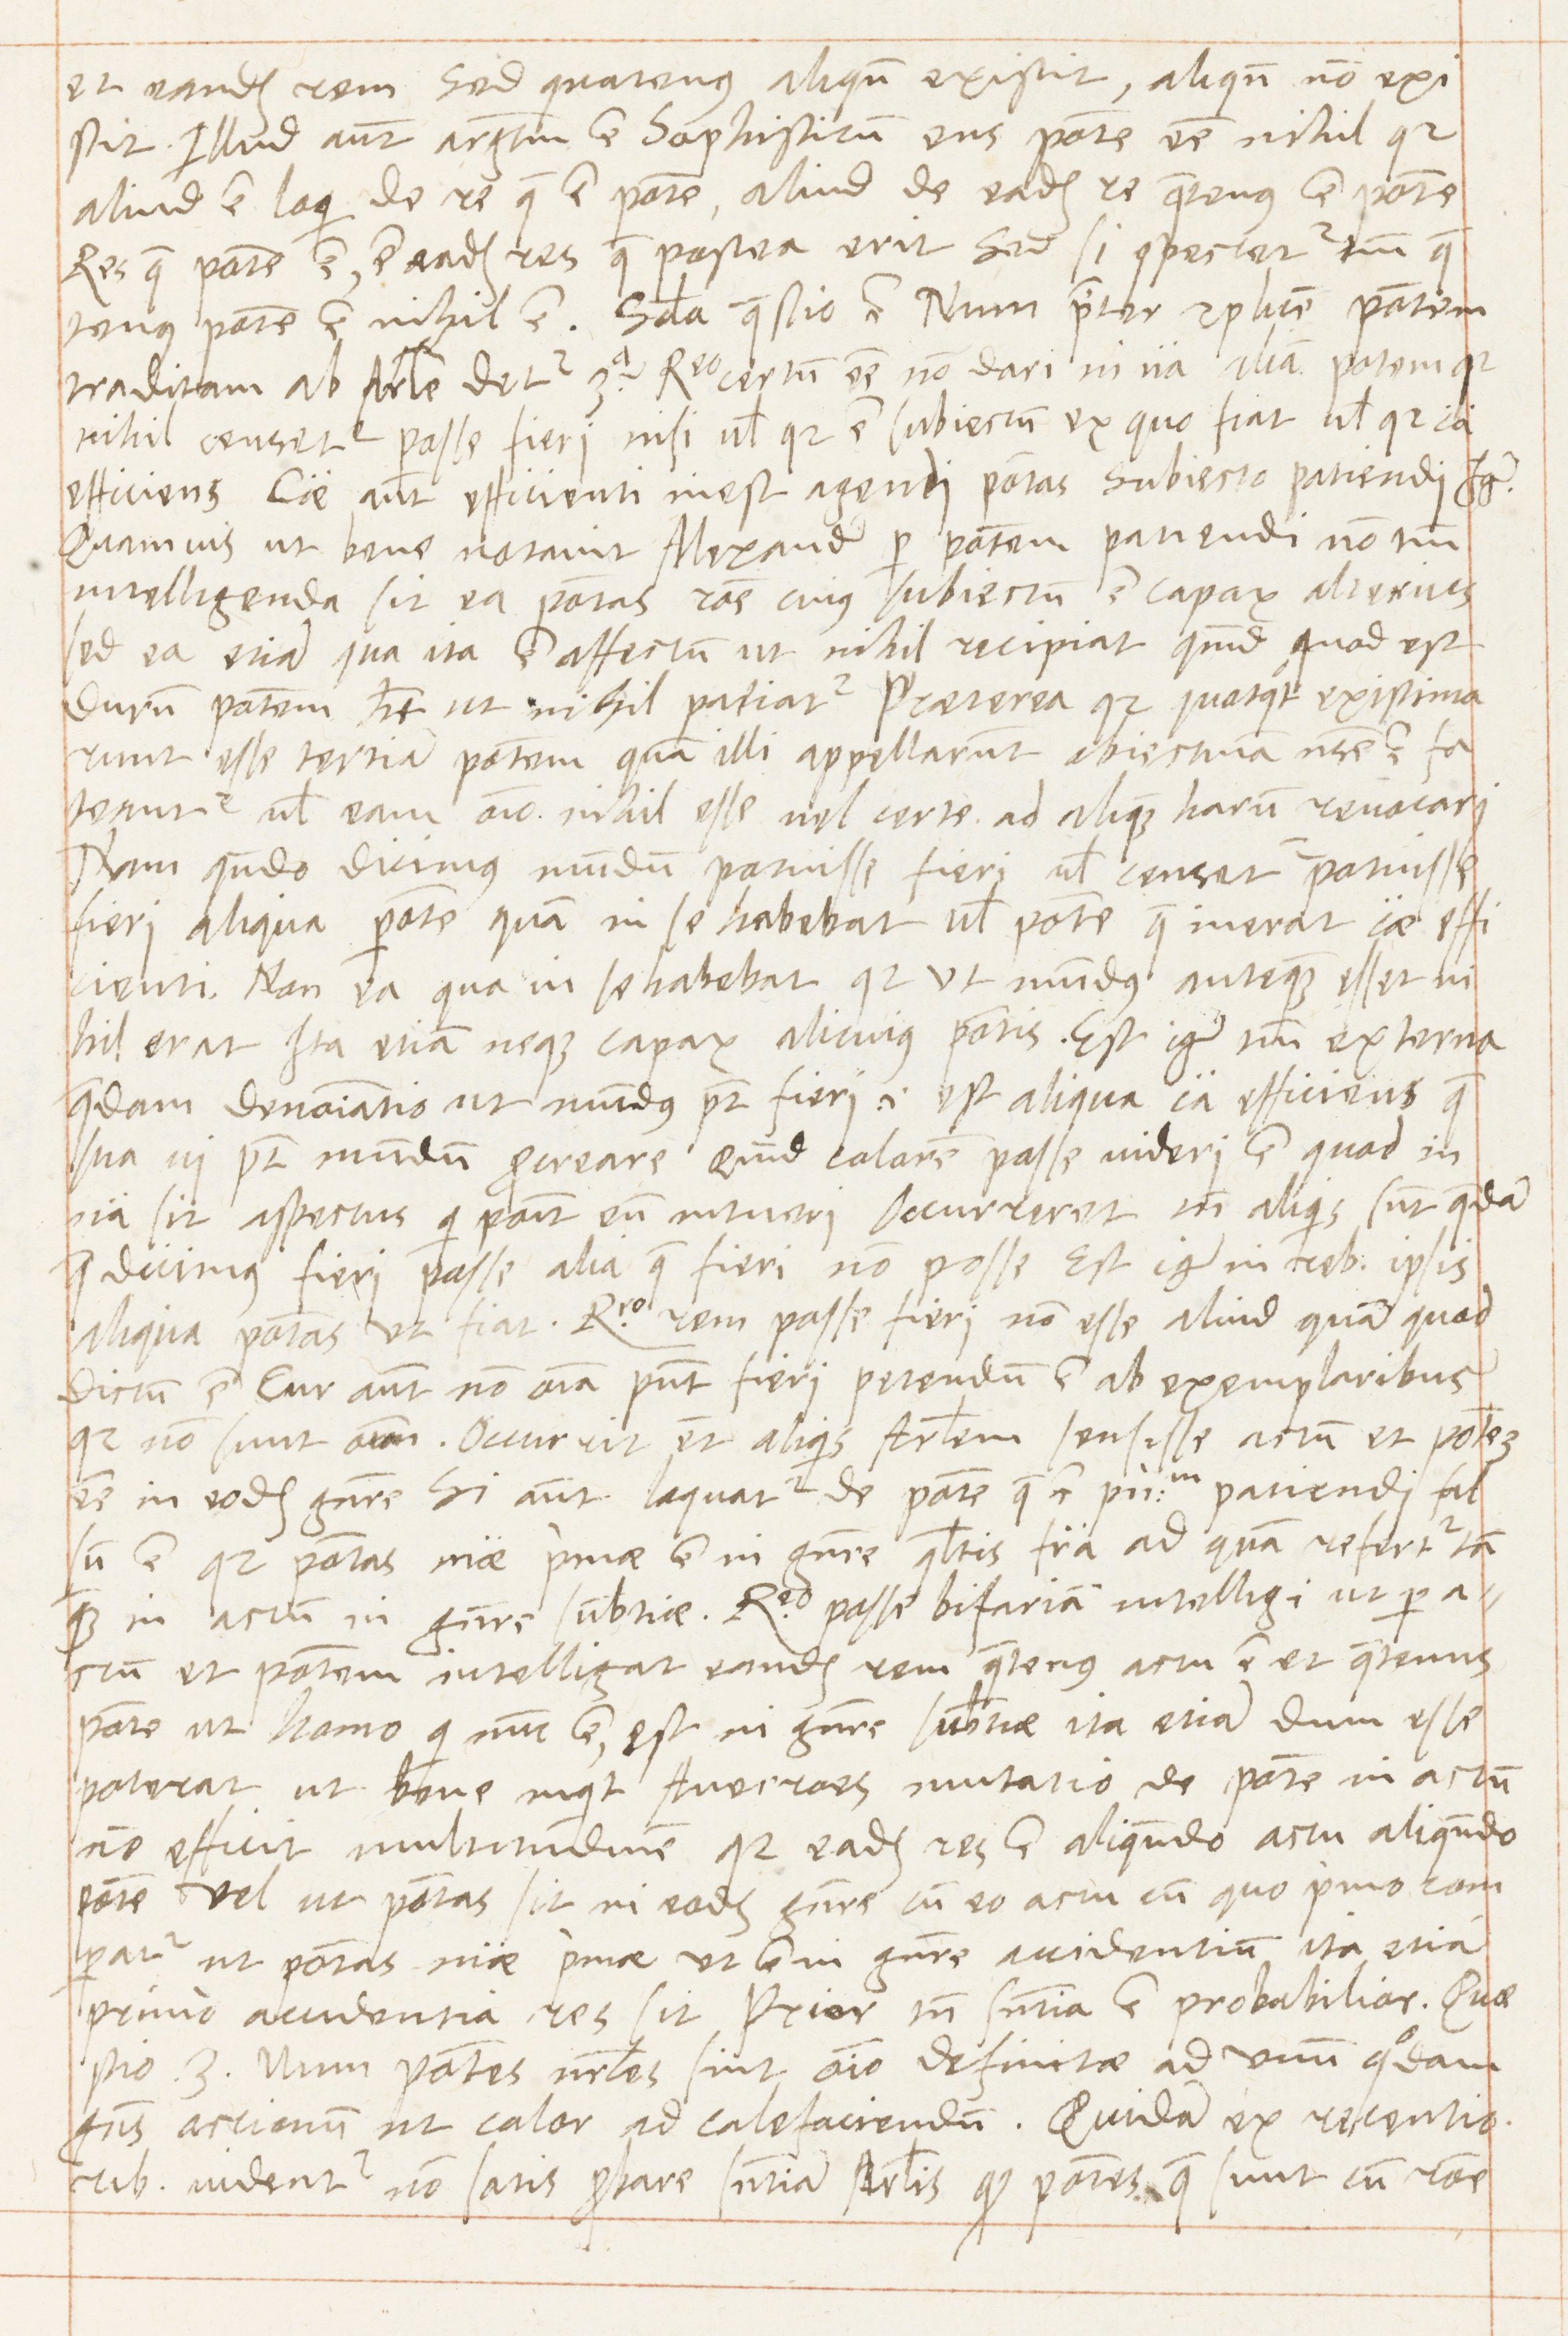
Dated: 1569–1569